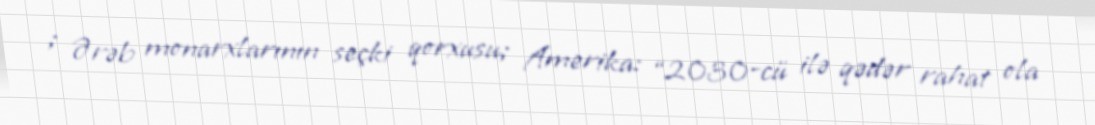
; Ərəb monarxlarının seçki qorxusu; Amerika: “2030-cü ilə qədər rahat ola